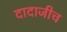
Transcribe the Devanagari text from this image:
दादाजीच